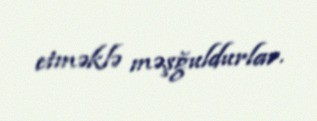
etməklə məşğuldurlar.